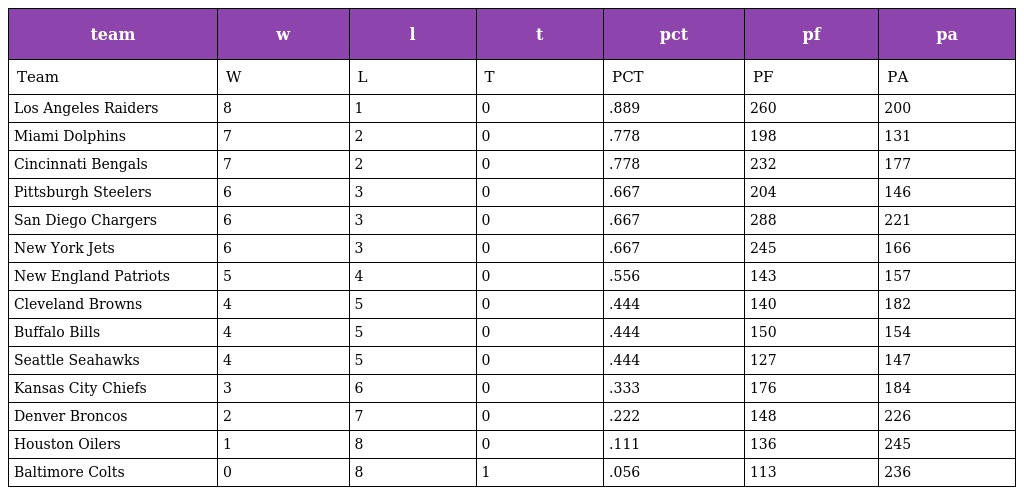
| team | w | l | t | pct | pf | pa |
 | --- | --- | --- | --- | --- | --- | --- |
 | Team | W | L | T | PCT | PF | PA |
 | Los Angeles Raiders | 8 | 1 | 0 | .889 | 260 | 200 |
 | Miami Dolphins | 7 | 2 | 0 | .778 | 198 | 131 |
 | Cincinnati Bengals | 7 | 2 | 0 | .778 | 232 | 177 |
 | Pittsburgh Steelers | 6 | 3 | 0 | .667 | 204 | 146 |
 | San Diego Chargers | 6 | 3 | 0 | .667 | 288 | 221 |
 | New York Jets | 6 | 3 | 0 | .667 | 245 | 166 |
 | New England Patriots | 5 | 4 | 0 | .556 | 143 | 157 |
 | Cleveland Browns | 4 | 5 | 0 | .444 | 140 | 182 |
 | Buffalo Bills | 4 | 5 | 0 | .444 | 150 | 154 |
 | Seattle Seahawks | 4 | 5 | 0 | .444 | 127 | 147 |
 | Kansas City Chiefs | 3 | 6 | 0 | .333 | 176 | 184 |
 | Denver Broncos | 2 | 7 | 0 | .222 | 148 | 226 |
 | Houston Oilers | 1 | 8 | 0 | .111 | 136 | 245 |
 | Baltimore Colts | 0 | 8 | 1 | .056 | 113 | 236 |